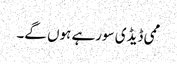
ممی ڈیڈی سورہے ہوں گے۔